画像に写った文字を読んでください
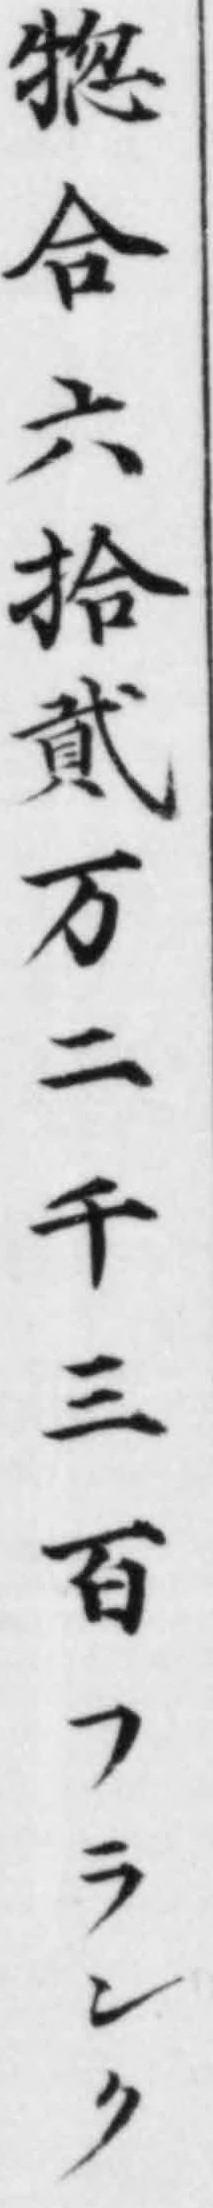
「總合六拾貳万二千三百フランク」と書いてあります